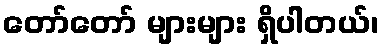
တော်တော် များများ ရှိပါတယ်၊